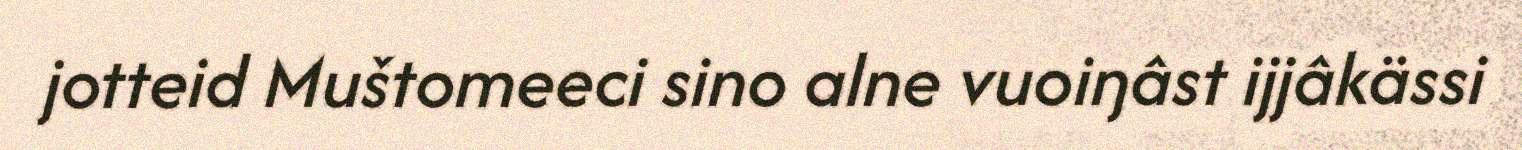
jotteid Muštomeeci sino alne vuoiŋâst ijjâkässi